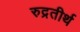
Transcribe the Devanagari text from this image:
रुद्रतीर्थ